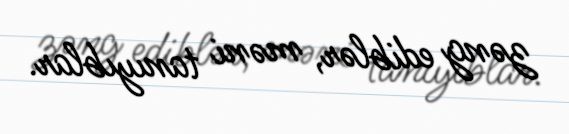
zəng ediblər, məni tanıyıblar.